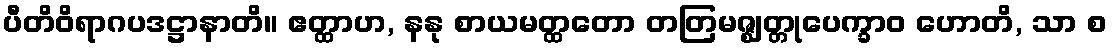
ပီတိဝိရာဂပဒဋ္ဌာနာတိ။ ဧတ္ထာဟ, နနု စာယမတ္ထတော တတြမဇ္ဈတ္တုပေက္ခာဝ ဟောတိ, သာ စ